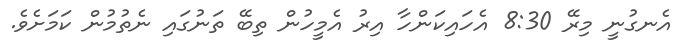
އެނގުނީ މިރޭ 8:30 އެހައިކަންހާ އިރު އެމީހުން ތިބޭ ތަނުގައި ނެތުމުން ކަމަށެވެ.